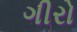
ગીરો